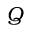
Q